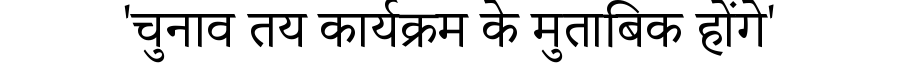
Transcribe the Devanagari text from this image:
'चुनाव तय कार्यक्रम के मुताबिक होंगे'